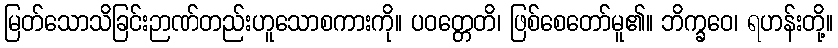
မြတ်သောသိခြင်းဉာဏ်တည်းဟူသောစကားကို။ ပဝတ္တေတိ၊ ဖြစ်စေတော်မူ၏။ ဘိက္ခဝေ၊ ရဟန်းတို့။